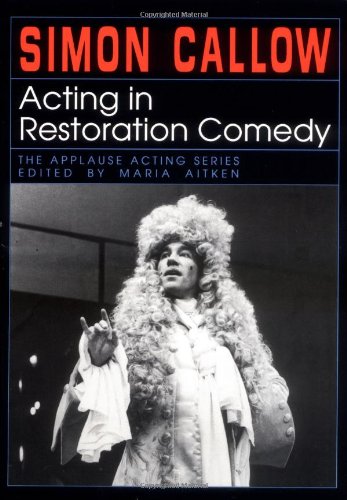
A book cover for Acting in Restoration Comedy (Applause Acting Series); Maria Aitken; Literature & Fiction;